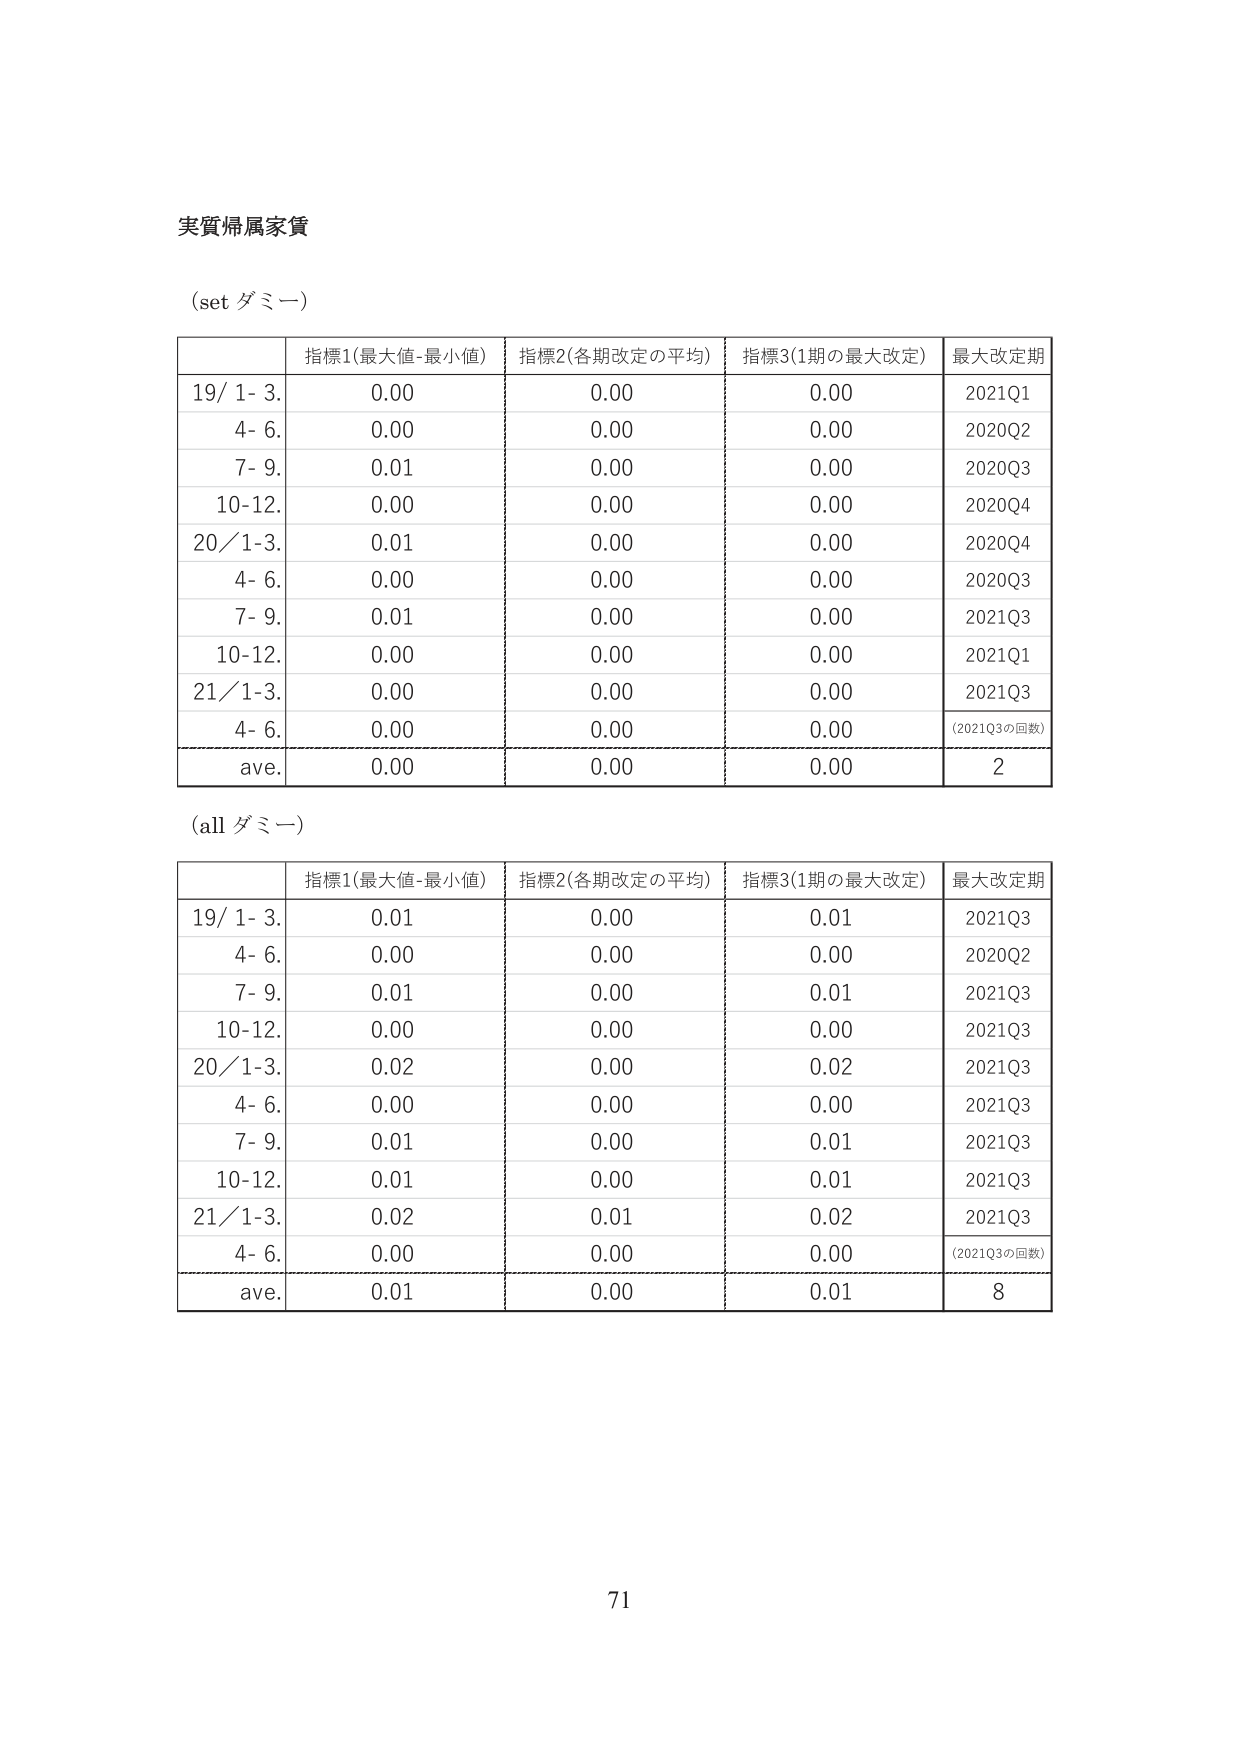
実質帰属家賃

(set ダミー)

| | 指標1(最大値-最小値) | 指標2(各期改定の平均) | 指標3(1期の最大改定) | 最大改定期 |
|---|---|---|---|---|
| 19/ 1- 3. | 0.00 | 0.00 | 0.00 | 2021Q1 |
| 4- 6. | 0.00 | 0.00 | 0.00 | 2020Q2 |
| 7- 9. | 0.01 | 0.00 | 0.00 | 2020Q3 |
| 10-12. | 0.00 | 0.00 | 0.00 | 2020Q4 |
| 20/ 1-3. | 0.01 | 0.00 | 0.00 | 2020Q4 |
| 4- 6. | 0.00 | 0.00 | 0.00 | 2020Q3 |
| 7- 9. | 0.01 | 0.00 | 0.00 | 2021Q3 |
| 10-12. | 0.00 | 0.00 | 0.00 | 2021Q1 |
| 21/ 1-3. | 0.00 | 0.00 | 0.00 | 2021Q3 |
| 4- 6. | 0.00 | 0.00 | 0.00 | (2021Q3の回数) |
| ave. | 0.00 | 0.00 | 0.00 | 2 |

(all ダミー)

| | 指標1(最大値-最小値) | 指標2(各期改定の平均) | 指標3(1期の最大改定) | 最大改定期 |
|---|---|---|---|---|
| 19/ 1- 3. | 0.01 | 0.00 | 0.01 | 2021Q3 |
| 4- 6. | 0.00 | 0.00 | 0.00 | 2020Q2 |
| 7- 9. | 0.01 | 0.00 | 0.01 | 2021Q3 |
| 10-12. | 0.00 | 0.00 | 0.00 | 2021Q3 |
| 20/ 1-3. | 0.02 | 0.00 | 0.02 | 2021Q3 |
| 4- 6. | 0.00 | 0.00 | 0.00 | 2021Q3 |
| 7- 9. | 0.01 | 0.00 | 0.01 | 2021Q3 |
| 10-12. | 0.01 | 0.00 | 0.01 | 2021Q3 |
| 21/ 1-3. | 0.02 | 0.01 | 0.02 | 2021Q3 |
| 4- 6. | 0.00 | 0.00 | 0.00 | (2021Q3の回数) |
| ave. | 0.01 | 0.00 | 0.01 | 8 |

71